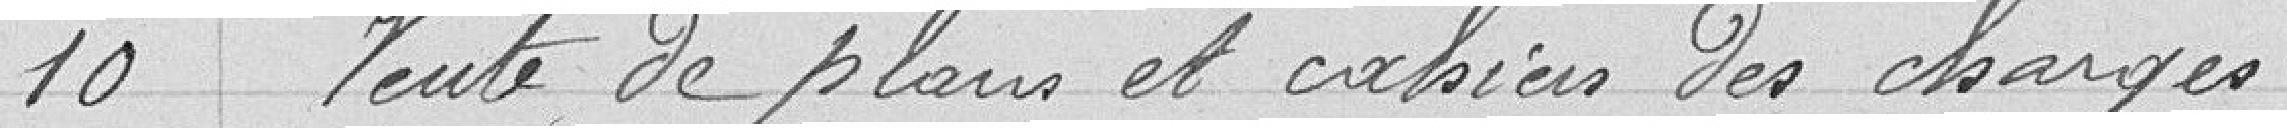
10 Vente de plans et cahiers des charges